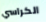
الكراسي